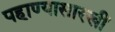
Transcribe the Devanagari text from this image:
पहाण्यासारखीं